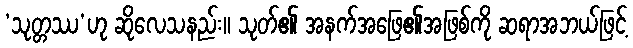
‘သုတ္တဿ’ဟု ဆိုလေသနည်း။ သုတ်၏ အနက်အဖြေ၏အဖြစ်ကို ဆရာအဘယ်ဖြင့်